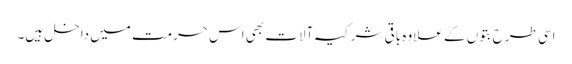
اسی طرح بتوں کے علاوہ باقی شرکیہ آلات بھی اس حرمت میں داخل ہیں۔